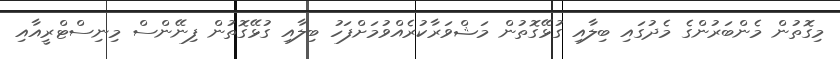
މިގޮތުން މެންބަރުންގެ މެދުގައި ބިލާއި ގުޅޭގޮތުން މަޝްވަރާކުރެއްވުމަށްފަހު ބިލާއި ގުޅޭގޮތުން ފިނޭންސް މިނިސްޓްރީއާއި